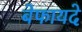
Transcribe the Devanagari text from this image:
बेफायदे